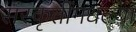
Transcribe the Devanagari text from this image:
संस्कृतींमधल्या